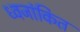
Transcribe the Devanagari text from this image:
ध्वजांकित